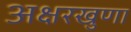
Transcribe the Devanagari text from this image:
अक्षरखुणा